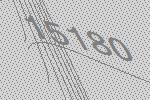
15180